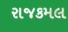
રાજકમલ